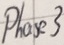
Text: Phase3